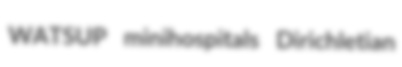
WATSUP minihospitals Dirichletian